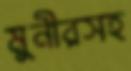
মুনীরসহ